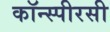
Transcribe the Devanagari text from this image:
कॉन्स्पीरसी